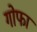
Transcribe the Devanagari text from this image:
गोफा